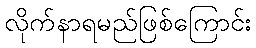
လိုက်နာရမည်ဖြစ်ကြောင်း